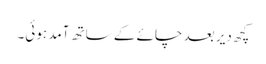
کچھ دیر بعد چائے کے ساتھ آمد ہوئی۔